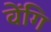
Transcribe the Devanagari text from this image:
वेंगि